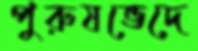
পুরুষভেদে